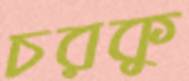
চরকু